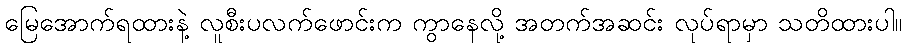
မြေအောက်ရထားနဲ့ လူစီးပလက်ဖောင်းက ကွာနေလို့ အတက်အဆင်း လုပ်ရာမှာ သတိထားပါ။